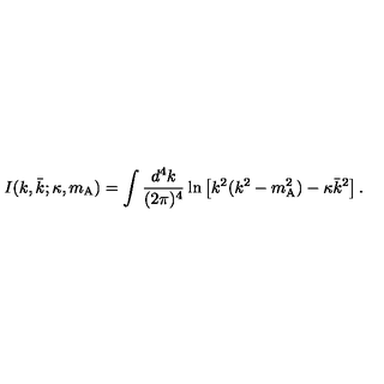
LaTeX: I ( k , \bar { k } ; \kappa , m _ { \mathrm { A } } ) = \int \frac { d ^ { 4 } k } { ( 2 \pi ) ^ { 4 } } \ln \left[ k ^ { 2 } ( k ^ { 2 } - m _ { \mathrm { A } } ^ { 2 } ) - \kappa \bar { k } ^ { 2 } \right] .